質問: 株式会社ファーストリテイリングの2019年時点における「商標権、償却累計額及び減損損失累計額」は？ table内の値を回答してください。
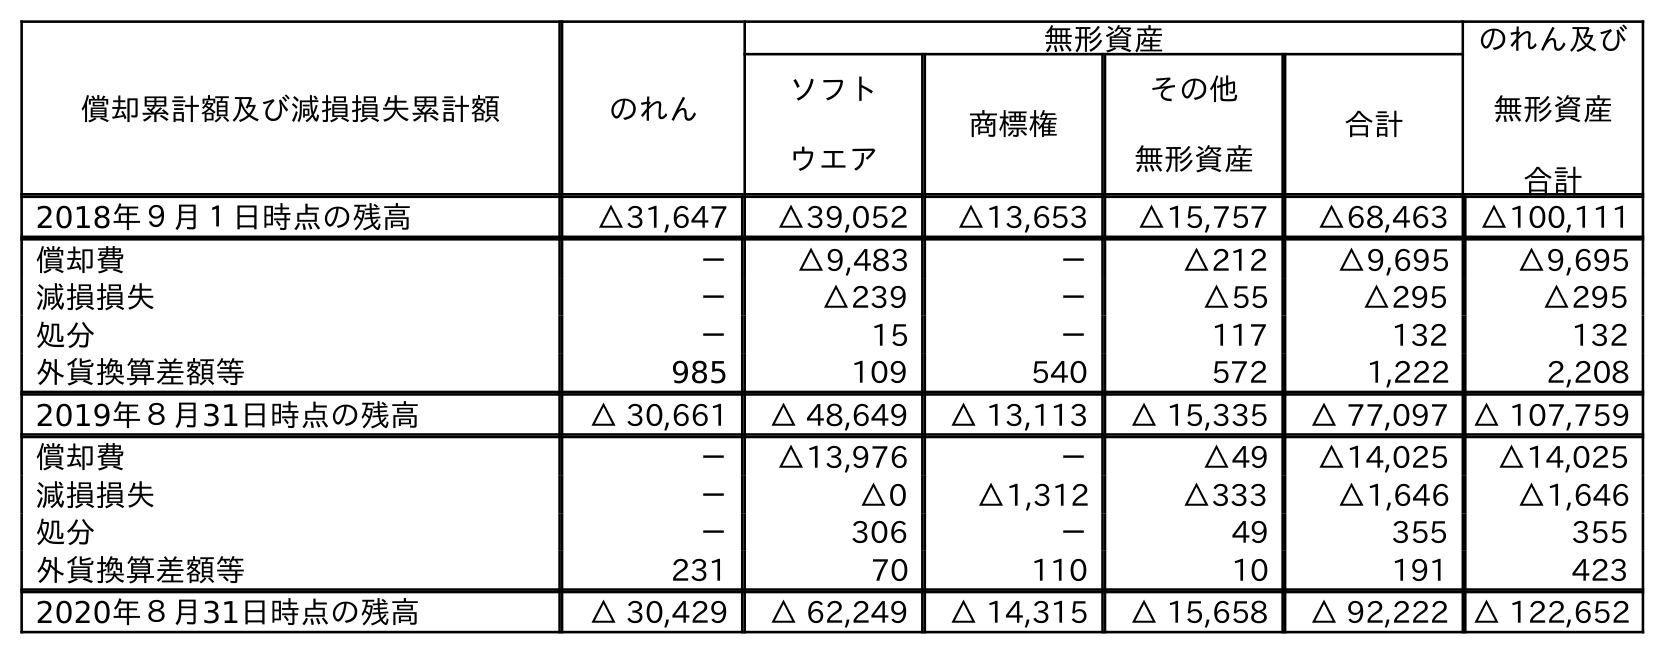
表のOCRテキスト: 償却累計額及び減損損失累計額 のれん 無形資産 のれん及び 無形資産 合計 ソフト ウエア 商標権 その他 無形資産 合計 2018年９月１日時点の残高 △31,647 △39,052 △13,653 △15,757 △68,463 △100,111 償却費 － △9,483 － △212 △9,695 △9,695 減損損失 － △239 － △55 △295 △295 処分 － 15 － 117 132 132 外貨換算差額等 985 109 540 572 1,222 2,208 2019年８月31日時点の残高 △ 30,661 △ 48,649 △ 13,113 △ 15,335 △ 77,097 △ 107,759 償却費 － △13,976 － △49 △14,025 △14,025 減損損失 － △0 △1,312 △333 △1,646 △1,646 処分 － 306 － 49 355 355 外貨換算差額等 231 70 110 10 191 423 2020年８月31日時点の残高 △ 30,429 △ 62,249 △ 14,315 △ 15,658 △ 92,222 △ 122,652
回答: △13,113